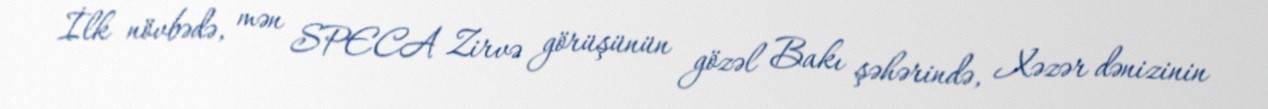
İlk növbədə, mən SPECA Zirvə görüşünün gözəl Bakı şəhərində, Xəzər dənizinin